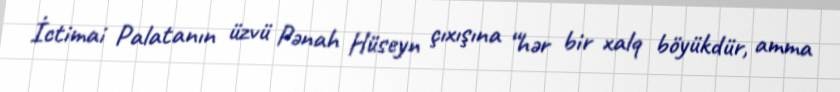
İctimai Palatanın üzvü Pənah Hüseyn çıxışına “hər bir xalq böyükdür, amma